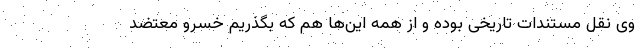
وی نقل مستندات تاریخی بوده و از همه این‌ها هم که بگذریم خسرو معتضد